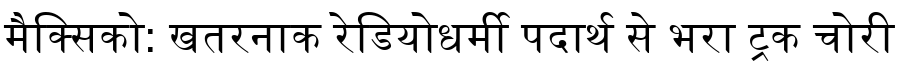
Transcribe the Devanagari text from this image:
मैक्सिको: खतरनाक रेडियोधर्मी पदार्थ से भरा ट्रक चोरी